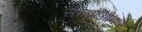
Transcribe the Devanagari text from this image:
सल्गाओकर